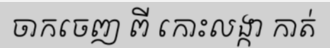
ចាកចេញ ពី កោះលង្កា កាត់